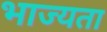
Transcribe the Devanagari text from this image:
भाज्यता